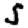
Digit: 5